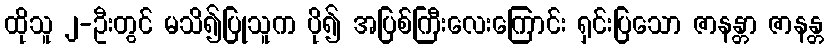
ထိုသူ ၂-ဦးတွင် မသိ၍ပြုသူက ပို၍ အပြစ်ကြီးလေးကြောင်း ရှင်းပြသော ဇာနန္တာ ဇာနန္တ